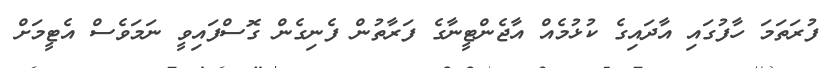
ފުރަތަމަ ހާފުގައި އާދައިގެ ކުޅުމެއް އާޖެންޓީނާގެ ފަރާތުން ފެނިގެން ގޮސްފައިވީ ނަމަވެސް އެޓީމަށް